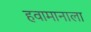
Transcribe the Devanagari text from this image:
हवामानाला